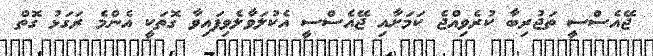
ޖޭއެސްސީ ތަޖުރިބާ ކުރެވިއްޖެ ކަމަށާއި ޖޭއެސްސީ އެކުލަވާލެވިފައިވާ ގޮތަކީ އެންމެ ރަގަޅު ގޮތް